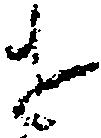
せ